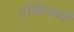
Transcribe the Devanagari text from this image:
टीकेमध्ये